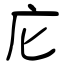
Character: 庀